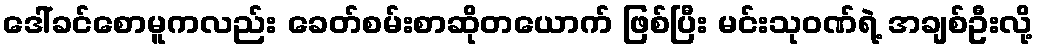
ဒေါ်ခင်စောမူကလည်း ခေတ်စမ်းစာဆိုတယောက် ဖြစ်ပြီး မင်းသုဝဏ်ရဲ့ အချစ်ဦးလို့